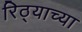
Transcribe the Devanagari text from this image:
रिठ्याच्या